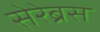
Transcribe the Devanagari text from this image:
सेरेब्रस